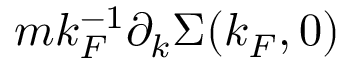
m k _ { F } ^ { - 1 } \partial _ { k } \Sigma ( k _ { F } , 0 )